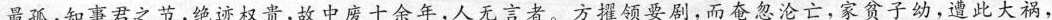
\underline{最孤，知事君之节，绝迹权贵，故中废十余年，人无言者。}方推领要剧，而奄忽沦亡，家贫子幼，遭此大祸，